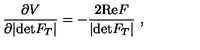
\frac { \partial V } { \partial | \mathrm { d e t } F _ { T } | } = - \frac { 2 \mathrm { R e } F } { | \mathrm { d e t } F _ { T } | } \ ,